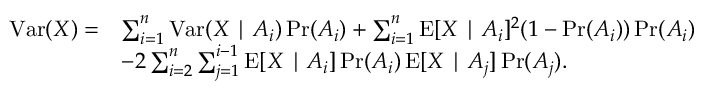
{ \begin{array} { r l } { \operatorname { V a r } ( X ) = } & { \sum _ { i = 1 } ^ { n } \operatorname { V a r } ( X \mid A _ { i } ) \operatorname* { P r } ( A _ { i } ) + \sum _ { i = 1 } ^ { n } \operatorname { E } [ X \mid A _ { i } ] ^ { 2 } ( 1 - \operatorname* { P r } ( A _ { i } ) ) \operatorname* { P r } ( A _ { i } ) } \\ & { - 2 \sum _ { i = 2 } ^ { n } \sum _ { j = 1 } ^ { i - 1 } \operatorname { E } [ X \mid A _ { i } ] \operatorname* { P r } ( A _ { i } ) \operatorname { E } [ X \mid A _ { j } ] \operatorname* { P r } ( A _ { j } ) . } \end{array} }